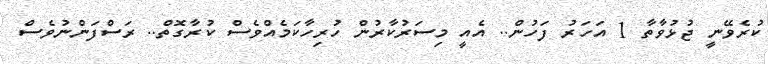
ކުރެވޭނީ ޖުޅުވާތާ 1 އަހަރު ފަހުން.. އެއީ މިސަރުކާރުން ހުރިހާކަމެއްވެސް ކުރާގޮތް.. ރަސްފަންނުވެސް